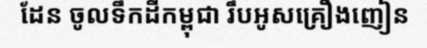
ដែន ចូលទឹកដីកម្ពុជា រឹបអូសគ្រឿងញៀន